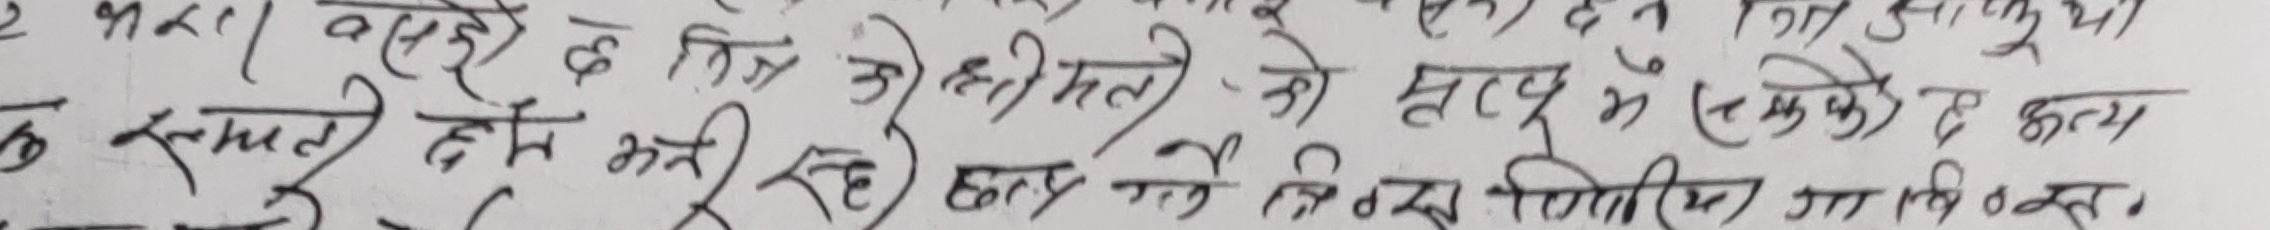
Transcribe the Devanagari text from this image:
२ धारा वसेको छ किन छ्रीमती को सत्यू म ( एकोद्देश्य ) छ कथ्थ
क स्थलमा हुदैन अरु रही छ तर तैपनि जितिया जा विधन्त